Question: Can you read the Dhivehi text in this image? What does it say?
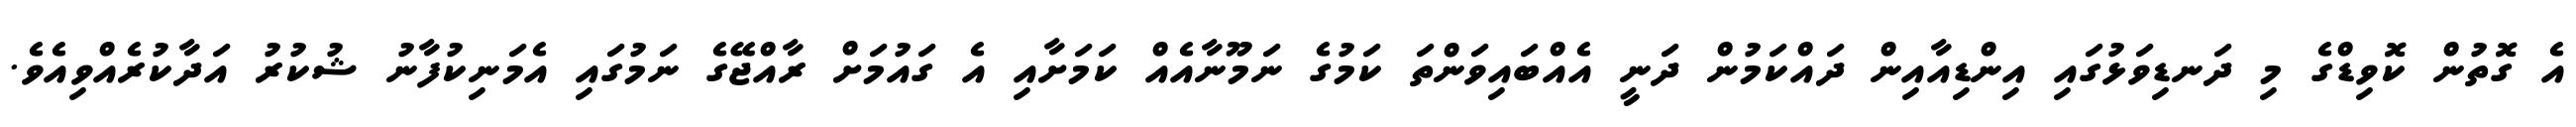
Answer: އެ ގޮތުން ކޮވިޑްގެ މި ދަނޑިވަޅުގައި އިންޑިއާއިން ދައްކަމުން ދަނީ އެއްބައިވަންތަ ކަމުގެ ނަމޫނާއެއް ކަމަށާއި އެ ގައުމަށް ރާއްޖޭގެ ނަމުގައި އެމަނިކުފާނު ޝުކުރު އަދާކުރެއްވިއެވެ.